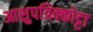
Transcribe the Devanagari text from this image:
आशुपत्रिक्कोट्टा